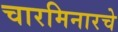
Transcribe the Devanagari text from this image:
चारमिनारचे